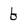
Character: b